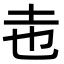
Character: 𭍽